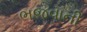
ભજવાની